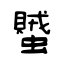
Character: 蠈